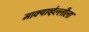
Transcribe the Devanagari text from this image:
माक्याव्हेल्लीला